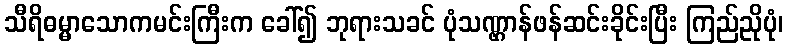
သီရိဓမ္မာသောကမင်းကြီးက ခေါ်၍ ဘုရားသခင် ပုံသဏ္ဌာန်ဖန်ဆင်းခိုင်းပြီး ကြည်ညိုပုံ၊